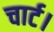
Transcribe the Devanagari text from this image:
चार्ट।